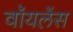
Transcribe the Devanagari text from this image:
वॉयलेंस